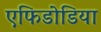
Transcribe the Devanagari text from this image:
एफिडोडिया